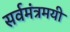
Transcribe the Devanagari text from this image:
सर्वमंत्रमयी